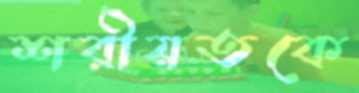
শরীয়তকে